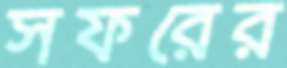
সফরের